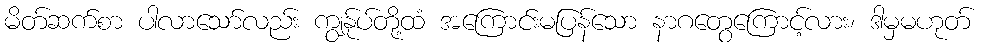
မိတ်ဆက်စာ ပါလာသော်လည်း ကျွန်ုပ်တို့ထံ အကြောင်းမပြန်သော နာဂတွေကြောင့်လား၊ ဒါမှမဟုတ်